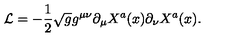
{ \cal L } = - \frac { 1 } { 2 } \sqrt { g } g ^ { \mu \nu } \partial _ { \mu } X ^ { a } ( x ) \partial _ { \nu } X ^ { a } ( x ) .